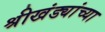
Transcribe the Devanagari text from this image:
श्रीखंड्यांच्या